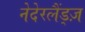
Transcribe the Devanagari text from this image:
नेदेरलैंड्ज़